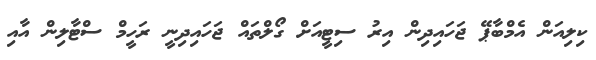
ކިލިއަން އެމްބާޕޭ ޖަހައިދިން އިރު ސިޓީއަށް ގޯލްތައް ޖަހައިދިނީ ރަހީމް ސްޓާލިން އާއި